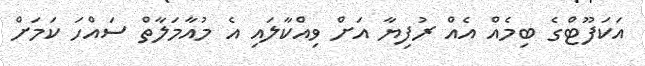
އަކަފޫޓްގެ ބިމެއް އެއް ރުފިޔާ އަށް ވިއްކާލައި އެ މުއާމަލާތް ސައްހަ ކަމަށް